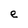
Character: e